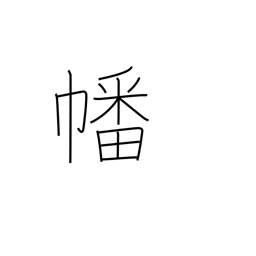
Meaning: flag